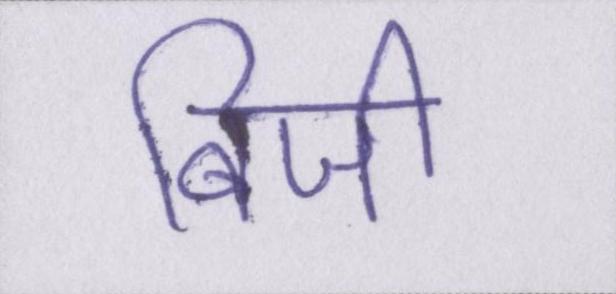
बिजी